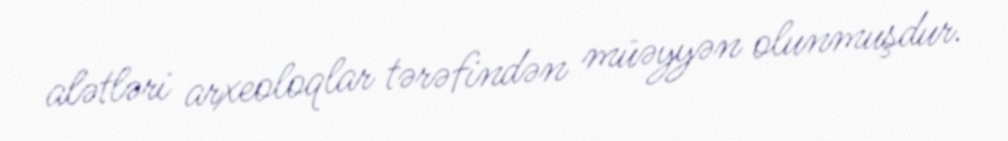
alətləri arxeoloqlar tərəfindən müəyyən olunmuşdur.